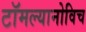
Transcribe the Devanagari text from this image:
टॉमल्यानोविच